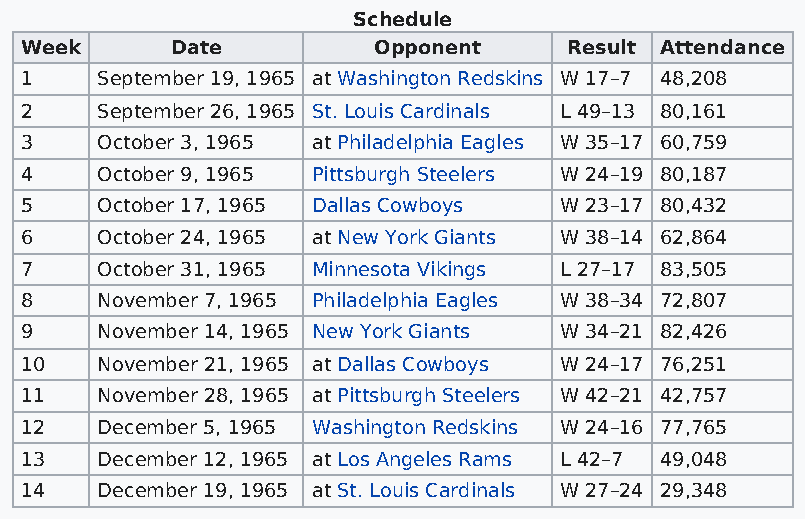
Schedule
 Week      Date          Opponent     Result Attendance
 1    September 19, 1965 at Washington Redskins W 17–7 48,208
 2    September 26, 1965 St. Louis Cardinals L 49–13 80,161
 3    October 3, 1965 at Philadelphia Eagles W 35–17 60,759
 4    October 9, 1965 Pittsburgh Steelers W 24–19 80,187
 5    October 17, 1965 Dallas Cowboys W 23–17 80,432
 6    October 24, 1965 at New York Giants W 38–14 62,864
 7    October 31, 1965 Minnesota Vikings L 27–17 83,505
 8    November 7, 1965 Philadelphia Eagles W 38–34 72,807
 9    November 14, 1965 New York Giants W 34–21 82,426
 10   November 21, 1965 at Dallas Cowboys W 24–17 76,251
 11   November 28, 1965 at Pittsburgh Steelers W 42–21 42,757
 12   December 5, 1965 Washington Redskins W 24–16 77,765
 13   December 12, 1965 at Los Angeles Rams L 42–7 49,048
 14   December 19, 1965 at St. Louis Cardinals W 27–24 29,348